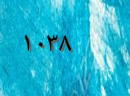
١٠٣٨